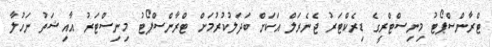
ޓްރާންސްޕޯޓު މިނިސްޓްރީގެ ޑިރެކްޓަރު ޖެނެރަލް އަކަށް ބަދަލުކުރުމަށް ޓްރާންސްޕޯޓު މިނިސްޓަރު އާއިޝަތު ނަހުލާ